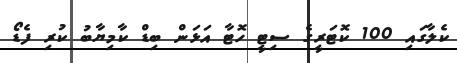
ކެލާގައި 100 ކޮޓަރީގެ ސިޓީ ހޮޓާ އަޅަން ބިޑް ކާމިޔާބު ކުރި ފެޑޯ